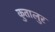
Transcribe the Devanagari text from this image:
कुतालुर